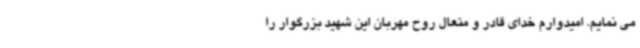
می نمایم. امیدوارم خدای قادر و متعال روح مهربان این شهید بزرگوار را